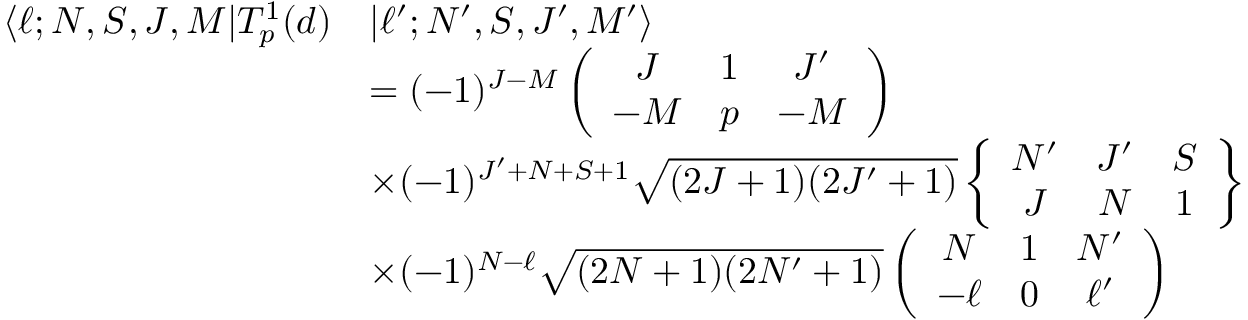
\begin{array} { r l } { \langle \ell ; N , S , J , M | T _ { p } ^ { 1 } ( d ) } & { | \ell ^ { \prime } ; N ^ { \prime } , S , J ^ { \prime } , M ^ { \prime } \rangle } \\ & { = ( - 1 ) ^ { J - M } \left( \begin{array} { c c c } { J } & { 1 } & { J ^ { \prime } } \\ { - M } & { p } & { - M } \end{array} \right) } \\ & { \times ( - 1 ) ^ { J ^ { \prime } + N + S + 1 } \sqrt { ( 2 J + 1 ) ( 2 J ^ { \prime } + 1 ) } \left\{ \begin{array} { c c c } { N ^ { \prime } } & { J ^ { \prime } } & { S } \\ { J } & { N } & { 1 } \end{array} \right\} } \\ & { \times ( - 1 ) ^ { N - \ell } \sqrt { ( 2 N + 1 ) ( 2 N ^ { \prime } + 1 ) } \left( \begin{array} { c c c } { N } & { 1 } & { N ^ { \prime } } \\ { - \ell } & { 0 } & { \ell ^ { \prime } } \end{array} \right) } \end{array}